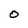
Character: 0